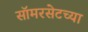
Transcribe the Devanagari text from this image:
सॉमरसेटच्या